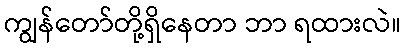
ကျွန်တော်တို့ရှိနေတာ ဘာ ရထားလဲ။